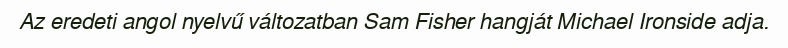
Az eredeti angol nyelvű változatban Sam Fisher hangját Michael Ironside adja.